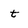
Character: t